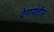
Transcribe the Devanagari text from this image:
देणग्यांतील